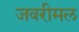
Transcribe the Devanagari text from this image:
जवरीमल